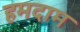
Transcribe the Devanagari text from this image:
हमदाम